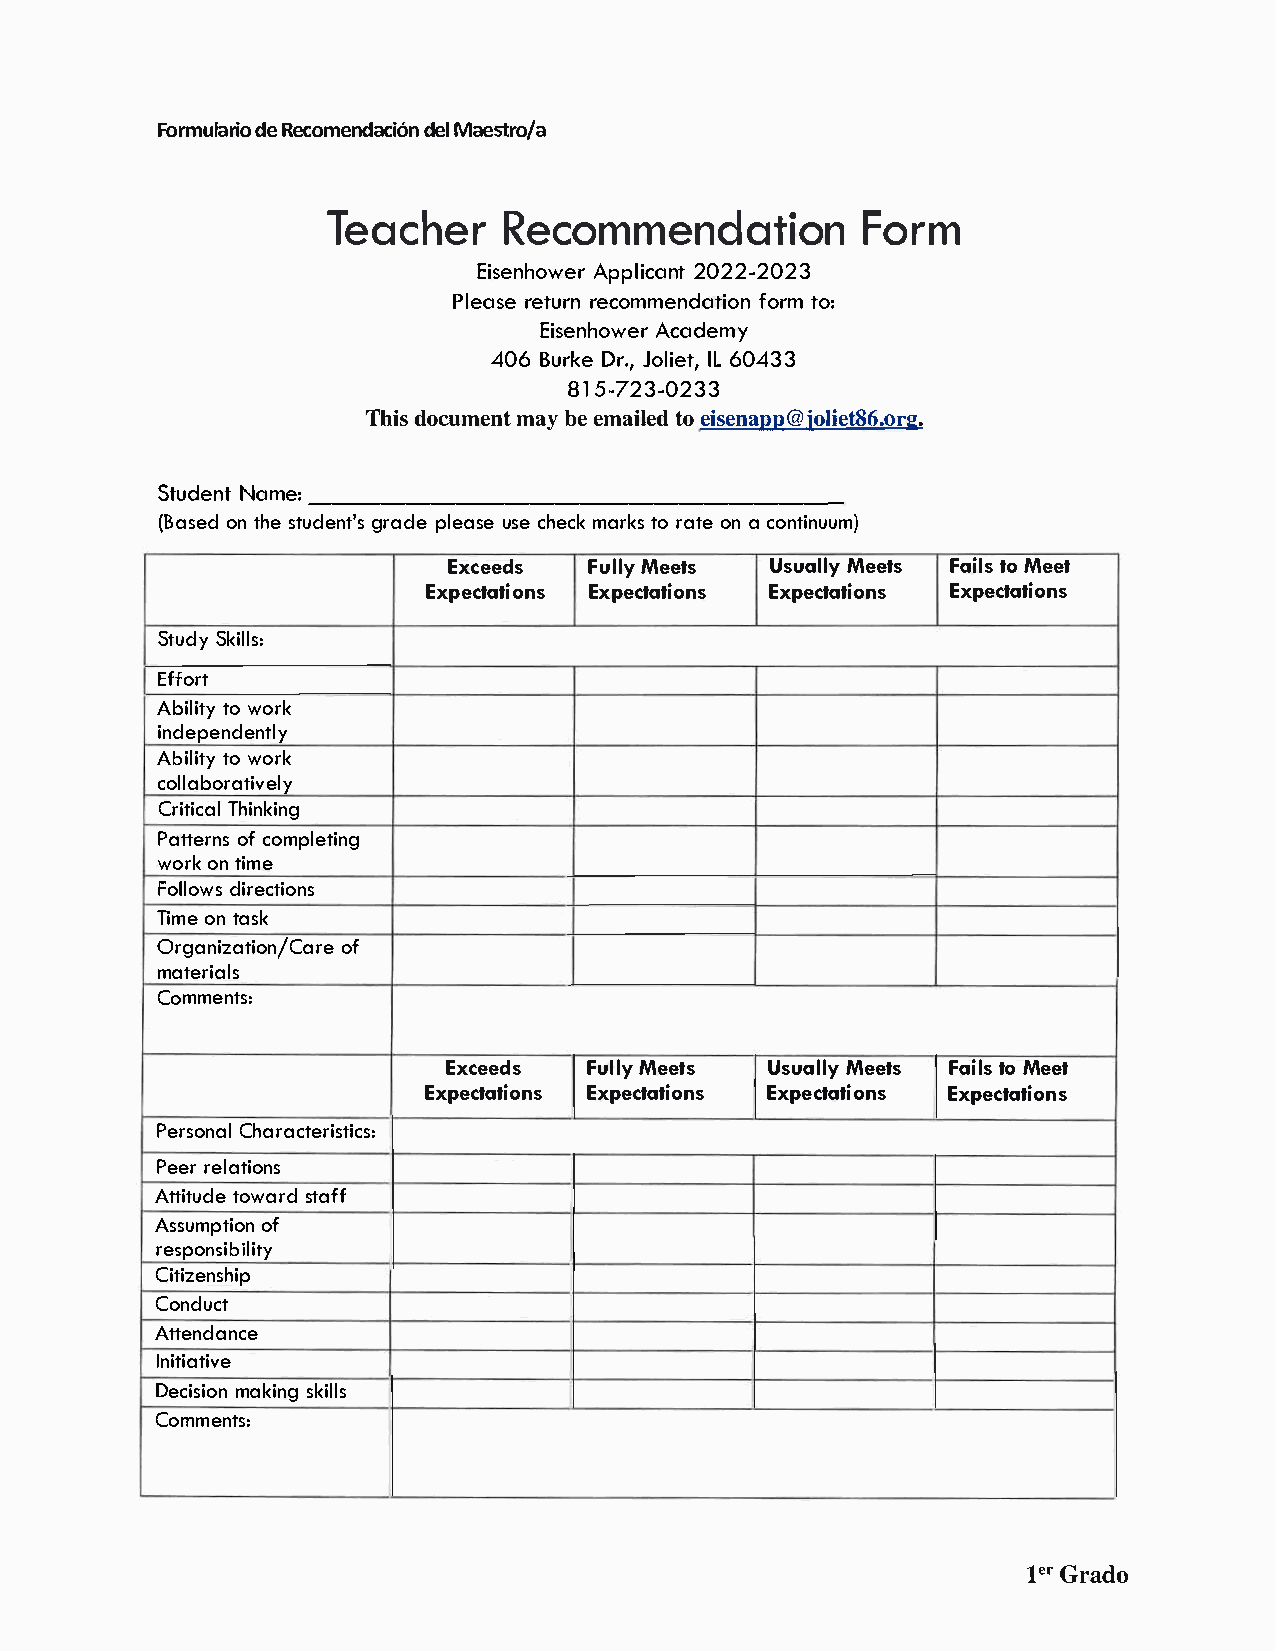
FormudleRa ercioom enddeMalac eist6rno /a
 TeachReerc          ommendFaotrimo             n
 EisenhAopwpelri 2c0a2n2t- 2023
 Plearseet urrenc ommendfaotrtimoo :n
 EisenhAocwaedre my
 406B urDkreJ. o,l iIeL6t 0,4 33
 8157-23-0233
 Thidso cummeanybt ee maitloee ids e@njaop1ipet.8 6.org
 StudNeanmte -: ---------------------
 (Basoentd h set udgernatd'pesl eaussceeh emcakr tkosr atoena c ontinuum)
 Exceeds  FulMleye ts Usually    MFeeatitsloM s e et
 ExpectatiEoxnpse ctatioEnxsp ectatioEnxsp ectations
 StuSdkyi lls:
 Effort
 Abiltiowt oyr k
 independently
 Abiltiowt oyr k
 collaboratively
 CritTihcianlk ing
 Pattoefrc nosm pleting
 woroknt ime
 Folldoiwrse ctions
 Timoent ask
 Organizatoifo   n/Care
 materials
 Comments:
 Exceeds  FulMleye ts UsuaMleleyt s FaitloMs e et
 ExpectatiEoxnpse ctatioEnxsp ectatioEnxsp ectations
 PersCohnaalr acteristics:
 Peerre lations
 Attittouwdaesr tda ff
 Assumpotfi on
 responsibility
 Citizenship
 Conduct
 Attendance
 Initiative
 Decimsaikoinsn kgi lls
 Comments:
 1eGrr ado